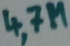
Text: 4,7M